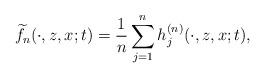
LaTeX: \begin{align*}\widetilde{f}_n(\cdot,z,x;t)=\frac{1}{n}\sum_{j=1}^{n}h_j^{(n)}(\cdot,z,x;t),\end{align*}